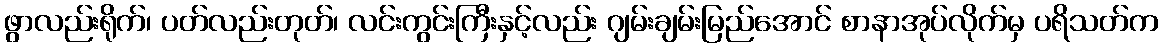
ဖွာလည်းရိုက်၊ ပတ်လည်းတုတ်၊ လင်းကွင်းကြီးနှင့်လည်း ဂျမ်းချမ်းမြည်အောင် စာနာအုပ်လိုက်မှ ပရိသတ်က